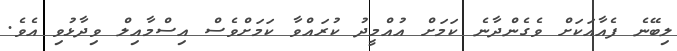
ލިބޭނެ ފެއާއަަކަށް ވެގެންދާނެ ކަަމަށް އުއްމީދު ކުރައްވާ ކަަމަށްވެސް އިސްމާއިލް ވިދާޅުވި އެވެ.